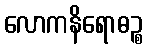
လောကနိရောဓဉ္စ